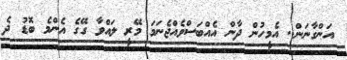
އަންގާނަން.. އެމީހުން ދާން އެއްބަސްވެއްޖެނަމަ މޭރީ ލައްވާ ގޭގެ އެންމެ ބޮޑު ދެ